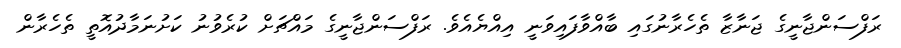
ރަފްސަންޖާނީގެ ޖަނާޒާ ތެހެރާނުގައި ބާއްވާފައިވަނީ އިއްޔެއެވެ. ރަފްސަންޖާނީގެ މައްޗަށް ކުރެވުނު ކަށުނަމާދުއޮތީ ތެހެރާން